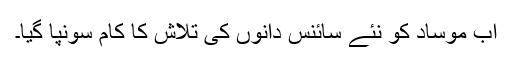
اب موساد کو نئے سائنس دانوں کی تلاش کا کام سونپا گیا۔